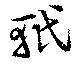
軝